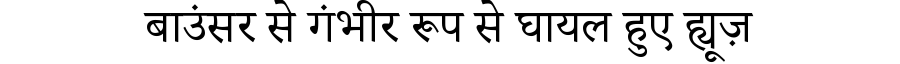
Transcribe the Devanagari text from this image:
बाउंसर से गंभीर रूप से घायल हुए ह्यूज़